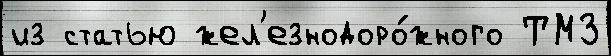
из статью жел'езнодоро́жного ТМЗ